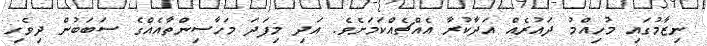
ނިޒާމުގައި މުހިއްމު ދައުރެއް އަދާކުރާ އެއްޗެއްކަމަށެވެ. އަދި މިފަދަ މަހާސިންތާއެއްގެ ސަބަބުން ދިވެހި